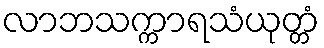
လာဘသက္ကာရသံယုတ္တံ